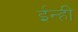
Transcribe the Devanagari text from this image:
ईन्ही